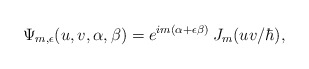
\begin{align*}\Psi_{m,\epsilon} (u,v,\alpha,\beta) = e^{im (\alpha + \epsilon \beta)} \: J_m (uv/\hbar) ,\end{align*}